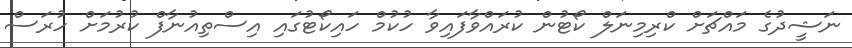
ނަޝީދުގެ މައްޗަށް ކްރިމިނަލް ކޯޓުން ކުރައްވާފައިވާ ހުކުމް ހައިކޯޓުގައި އިސްތިއުނާފް ކުރުމަށް ހުރަސް